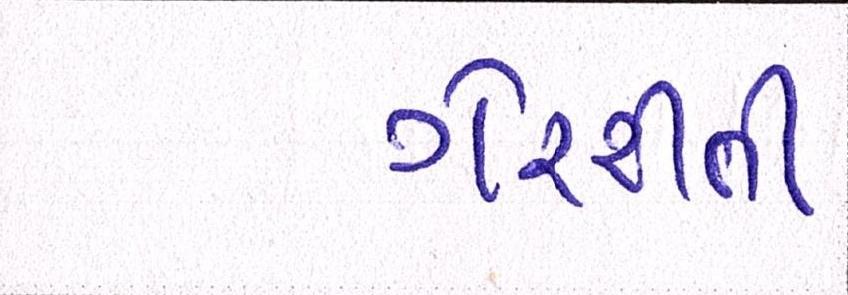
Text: ગેરરીતી